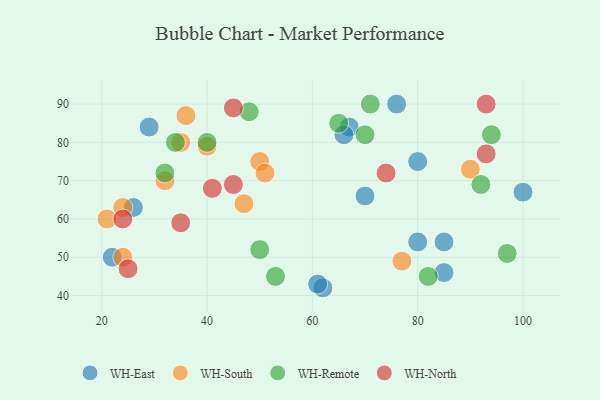
{"axis": {"x": "GDP", "y": "Life Expectancy"}, "legend": ["WH-East", "WH-North", "WH-Remote", "WH-South"], "data": [{"x": "67", "y": 84, "type": "WH-East"}, {"x": "70", "y": 66, "type": "WH-East"}, {"x": "66", "y": 82, "type": "WH-East"}, {"x": "29", "y": 84, "type": "WH-East"}, {"x": "76", "y": 90, "type": "WH-East"}, {"x": "80", "y": 75, "type": "WH-East"}, {"x": "85", "y": 54, "type": "WH-East"}, {"x": "100", "y": 67, "type": "WH-East"}, {"x": "62", "y": 42, "type": "WH-East"}, {"x": "80", "y": 54, "type": "WH-East"}, {"x": "22", "y": 50, "type": "WH-East"}, {"x": "85", "y": 46, "type": "WH-East"}, {"x": "26", "y": 63, "type": "WH-East"}, {"x": "61", "y": 43, "type": "WH-East"}, {"x": "47", "y": 64, "type": "WH-South"}, {"x": "21", "y": 60, "type": "WH-South"}, {"x": "36", "y": 87, "type": "WH-South"}, {"x": "77", "y": 49, "type": "WH-South"}, {"x": "90", "y": 73, "type": "WH-South"}, {"x": "40", "y": 79, "type": "WH-South"}, {"x": "35", "y": 80, "type": "WH-South"}, {"x": "50", "y": 75, "type": "WH-South"}, {"x": "51", "y": 72, "type": "WH-South"}, {"x": "32", "y": 70, "type": "WH-South"}, {"x": "24", "y": 50, "type": "WH-South"}, {"x": "24", "y": 63, "type": "WH-South"}, {"x": "70", "y": 82, "type": "WH-Remote"}, {"x": "40", "y": 80, "type": "WH-Remote"}, {"x": "53", "y": 45, "type": "WH-Remote"}, {"x": "50", "y": 52, "type": "WH-Remote"}, {"x": "65", "y": 85, "type": "WH-Remote"}, {"x": "94", "y": 82, "type": "WH-Remote"}, {"x": "97", "y": 51, "type": "WH-Remote"}, {"x": "34", "y": 80, "type": "WH-Remote"}, {"x": "48", "y": 88, "type": "WH-Remote"}, {"x": "71", "y": 90, "type": "WH-Remote"}, {"x": "32", "y": 72, "type": "WH-Remote"}, {"x": "92", "y": 69, "type": "WH-Remote"}, {"x": "82", "y": 45, "type": "WH-Remote"}, {"x": "93", "y": 77, "type": "WH-North"}, {"x": "45", "y": 69, "type": "WH-North"}, {"x": "25", "y": 47, "type": "WH-North"}, {"x": "41", "y": 68, "type": "WH-North"}, {"x": "24", "y": 60, "type": "WH-North"}, {"x": "35", "y": 59, "type": "WH-North"}, {"x": "93", "y": 90, "type": "WH-North"}, {"x": "74", "y": 72, "type": "WH-North"}, {"x": "45", "y": 89, "type": "WH-North"}]}